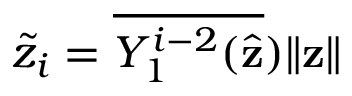
\widetilde { z } _ { i } = { \overline { { Y _ { 1 } ^ { i - 2 } ( \hat { \mathbf { z } } } } ) \| \mathbf { z } \| }